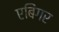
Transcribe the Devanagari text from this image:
एबिंगर